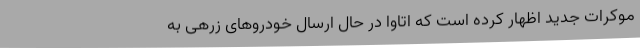
موکرات‌ جدید اظهار کرده است که اتاوا در حال ارسال خودروهای زرهی به